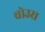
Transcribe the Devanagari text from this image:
वोउस